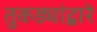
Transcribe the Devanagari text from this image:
तुकड्यांद्वारे